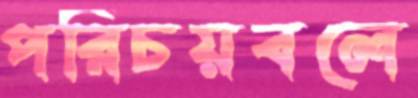
পরিচয়বলে